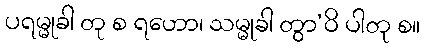
ပရမ္မုခါ တု စ ရဟော၊ သမ္မုခါ တွာ’ဝိ ပါတု စ။